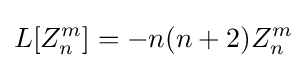
L[Z_{n}^{m}]=-n(n+2)Z_{n}^{m}